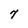
Character: 7